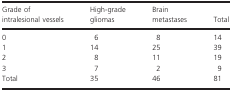
<table><thead><tr><td><b>Grade of intralesional vessels</b></td><td><b>High-grade gliomas</b></td><td><b>Brain metastases</b></td><td><b>Total</b></td></tr></thead><tbody><tr><td>0</td><td>6</td><td>8</td><td>14</td></tr><tr><td>1</td><td>14</td><td>25</td><td>39</td></tr><tr><td>2</td><td>8</td><td>11</td><td>19</td></tr><tr><td>3</td><td>7</td><td>2</td><td>9</td></tr><tr><td>Total</td><td>35</td><td>46</td><td>81</td></tr></tbody></table>